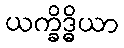
ယက္ခိဒ္ဓိယာ